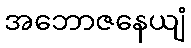
အဘောဇနေယျံ